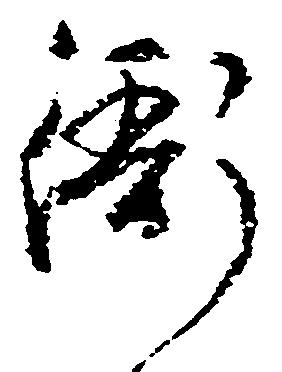
衙